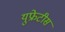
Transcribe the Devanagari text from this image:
युफ्रेटीस